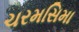
ચરમસિમા